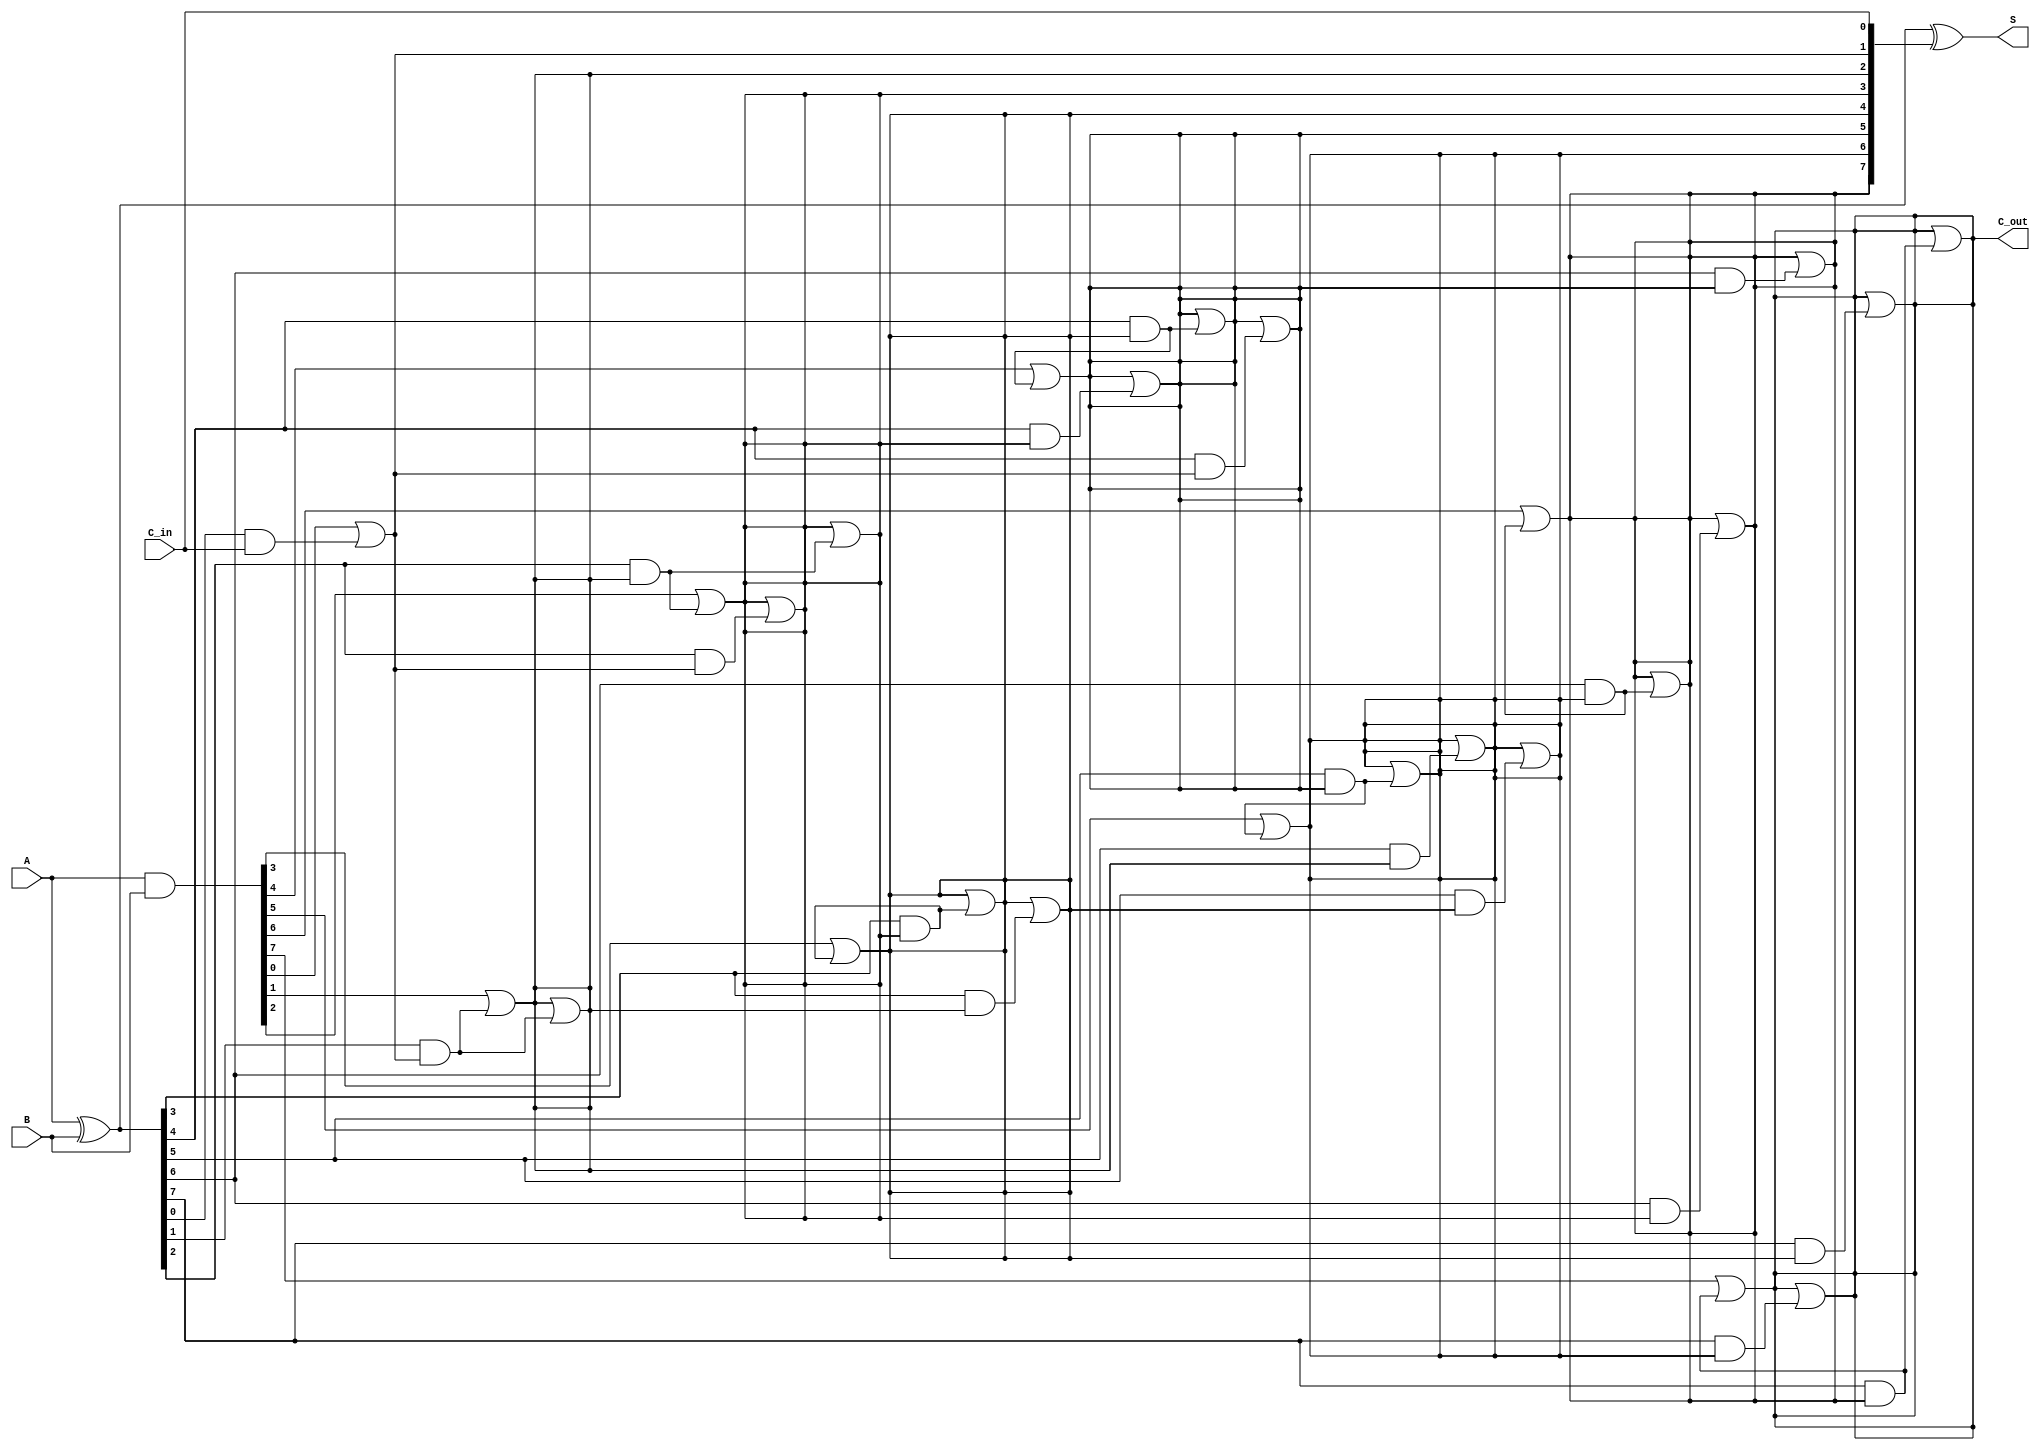
module ParallelPrefixAdder #(parameter n = 8) (
    input  [n-1:0] A,
    input  [n-1:0] B,
    input         C_in,
    output [n-1:0] S,
    output        C_out
);
    // Generate and propagate signals
    wire [n-1:0] G; // Generate signals
    wire [n-1:0] P; // Propagate signals
    wire [n:0] C;   // Carry signals

    // Generate and propagate calculations
    assign G = A & B;              // G[i] = A[i] * B[i]
    assign P = A ^ B;              // P[i] = A[i] + B[i]

    // Carry signal initialization
    assign C[0] = C_in;            // Initial carry input

    // Kogge-Stone carry generation
    genvar i, j;
    generate
        // Level 1
        for (i = 0; i < n; i = i + 1) begin: level1
            assign C[i+1] = G[i] | (P[i] & C[i]);
        end

        // Level 2 and beyond
        for (j = 1; j < n; j = j * 2) begin: levels
            for (i = 0; i < n; i = i + 1) begin: inner_level
                if (i >= j) begin
                    assign C[i + 1] = C[i + 1] | (P[i] & C[i - j + 1]);
                end
            end
        end
    endgenerate

    // Sum calculation
    assign S = P ^ C[n-1:0];        // S[i] = P[i] XOR C[i]

    // Final carry output
    assign C_out = C[n];

endmodule